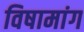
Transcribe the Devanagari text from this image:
विषामांग